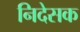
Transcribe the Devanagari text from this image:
निदेसक